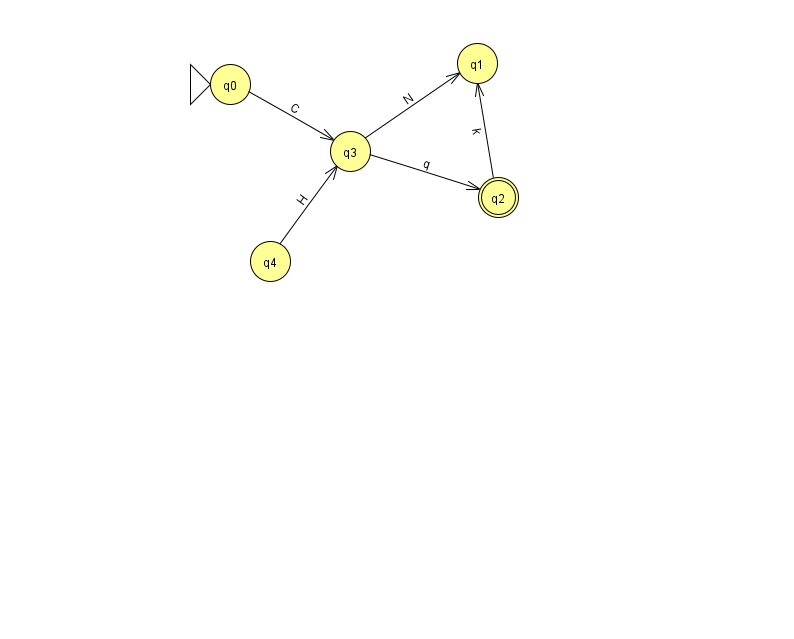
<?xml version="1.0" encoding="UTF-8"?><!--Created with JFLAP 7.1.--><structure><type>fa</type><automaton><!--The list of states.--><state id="0" name="q0"><x>230.0</x><y>71.0</y><initial/></state><state id="1" name="q1"><x>477.0</x><y>50.0</y></state><state id="2" name="q2"><x>498.0</x><y>184.0</y><final/></state><state id="3" name="q3"><x>350.0</x><y>138.0</y></state><state id="4" name="q4"><x>270.0</x><y>248.0</y></state><!--The list of transitions.--><transition><from>3</from><to>2</to><read>q</read></transition><transition><from>0</from><to>3</to><read>C</read></transition><transition><from>3</from><to>1</to><read>N</read></transition><transition><from>4</from><to>3</to><read>H</read></transition><transition><from>2</from><to>1</to><read>k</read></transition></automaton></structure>